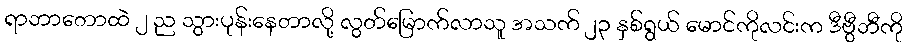
ရာဘာတောထဲ ၂ ည သွားပုန်းနေတာလို့ လွတ်မြောက်လာသူ အသက် ၂၃ နှစ်ရွယ် မောင်ကိုလင်းက ဒီဗွီဘီကို